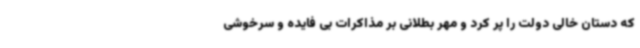
که دستان خالی دولت را پر کرد و مهر بطلانی بر مذاکرات بی فایده و سرخوشی